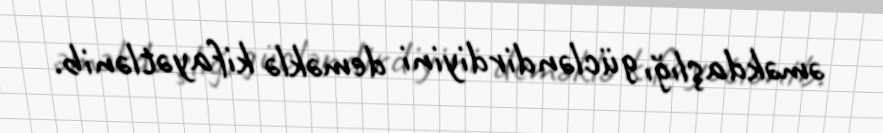
əməkdaşlığı gücləndirdiyini deməklə kifayətlənib.